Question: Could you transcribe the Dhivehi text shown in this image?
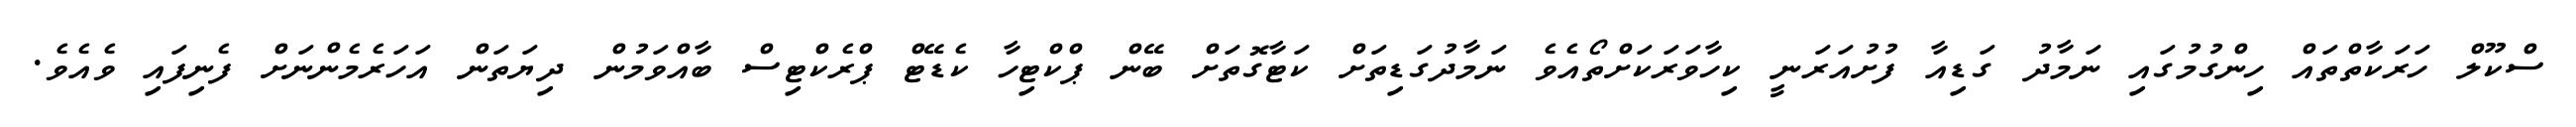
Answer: ސްކޫލް ހަރަކާތްތައް ހިންގުމުގައި ނަމާދު ގަޑިއާ ފުށުއަރަނީ ކިހާވަރަކަށްތޯއެވެ ނަމާދުގަޑިތަށް ކަޓާގޮތަށް ބޭން ޕްކްޓިހާ ކެޑޭޓް ޕްރެކްޓިސް ބާއްވަމުން ދިޔަތަން އަހަރެމެންނަށް ފެނިފައި ވެއެވެ.